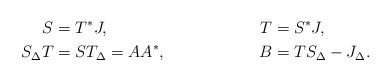
LaTeX: \begin{align*} S &= T^*J, & T &= S^*J, \\ S_\Delta T &= S T_\Delta = AA^*, & B &= TS_\Delta - J_\Delta.\end{align*}